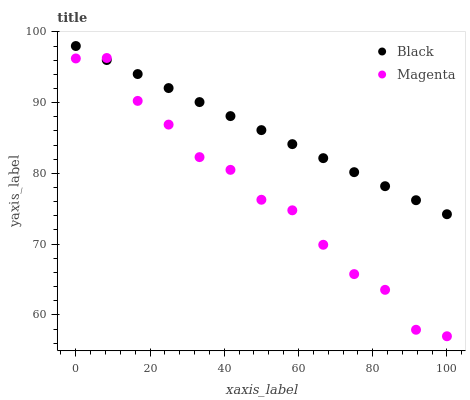
| xaxis_label | Black | Magenta |
 | --- | --- | --- |
 | 0 | 98 | 96.2 |
 | 8.33 | 96 | 96.3 |
 | 16.7 | 94 | 90.2 |
 | 25 | 92.1 | 86.9 |
 | 33.3 | 90.1 | 82.3 |
 | 41.7 | 88.1 | 80.5 |
 | 50 | 86.1 | 76.3 |
 | 58.3 | 84.1 | 74.8 |
 | 66.7 | 82.2 | 69.9 |
 | 75 | 80.2 | 65.8 |
 | 83.3 | 78.2 | 63.5 |
 | 91.7 | 76.2 | 57.9 |
 | 100 | 74.2 | 57 |